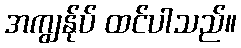
အကျွန်ုပ် ထင်ပါသည်။